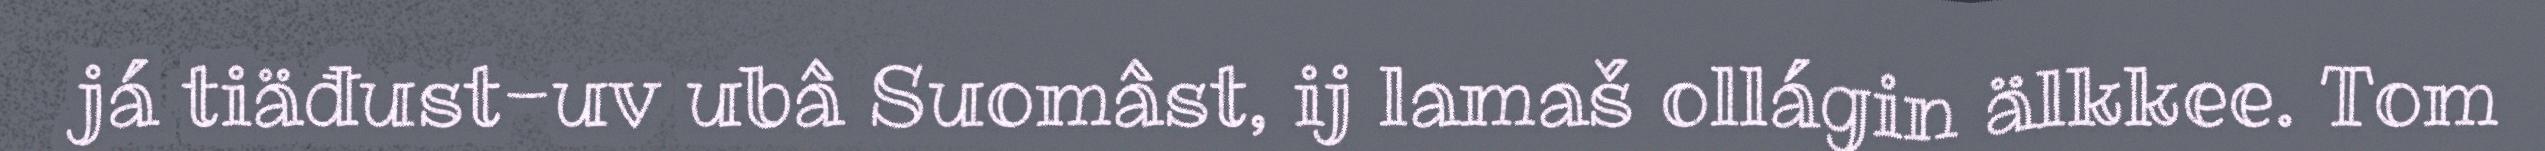
já tiäđust-uv ubâ Suomâst, ij lamaš ollágin älkkee. Tom